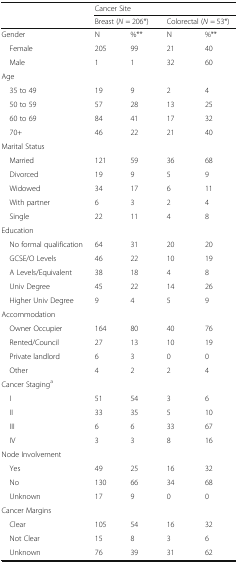
<table><thead><tr><td></td><td colspan="4"><b>Cancer Site</b></td></tr><tr><td></td><td colspan="2"><b>Breast (<i>N</i> = 206*)</b></td><td colspan="2"><b>Colorectal (<i>N</i> = 53*)</b></td></tr></thead><tbody><tr><td>Gender</td><td>N</td><td>%**</td><td>N</td><td>%**</td></tr><tr><td> Female</td><td>205</td><td>99</td><td>21</td><td>40</td></tr><tr><td> Male</td><td>1</td><td>1</td><td>32</td><td>60</td></tr><tr><td colspan="5">Age</td></tr><tr><td> 35 to 49</td><td>19</td><td>9</td><td>2</td><td>4</td></tr><tr><td> 50 to 59</td><td>57</td><td>28</td><td>13</td><td>25</td></tr><tr><td> 60 to 69</td><td>84</td><td>41</td><td>17</td><td>32</td></tr><tr><td> 70+</td><td>46</td><td>22</td><td>21</td><td>40</td></tr><tr><td colspan="5">Marital Status</td></tr><tr><td> Married</td><td>121</td><td>59</td><td>36</td><td>68</td></tr><tr><td> Divorced</td><td>19</td><td>9</td><td>5</td><td>9</td></tr><tr><td> Widowed</td><td>34</td><td>17</td><td>6</td><td>11</td></tr><tr><td> With partner</td><td>6</td><td>3</td><td>2</td><td>4</td></tr><tr><td> Single</td><td>22</td><td>11</td><td>4</td><td>8</td></tr><tr><td colspan="5">Education</td></tr><tr><td> No formal qualification</td><td>64</td><td>31</td><td>20</td><td>20</td></tr><tr><td> GCSE/O Levels</td><td>46</td><td>22</td><td>10</td><td>19</td></tr><tr><td> A Levels/Equivalent</td><td>38</td><td>18</td><td>4</td><td>8</td></tr><tr><td> Univ Degree</td><td>45</td><td>22</td><td>14</td><td>26</td></tr><tr><td> Higher Univ Degree</td><td>9</td><td>4</td><td>5</td><td>9</td></tr><tr><td colspan="5">Accommodation</td></tr><tr><td> Owner Occupier</td><td>164</td><td>80</td><td>40</td><td>76</td></tr><tr><td> Rented/Council</td><td>27</td><td>13</td><td>10</td><td>19</td></tr><tr><td> Private landlord</td><td>6</td><td>3</td><td>0</td><td>0</td></tr><tr><td> Other</td><td>4</td><td>2</td><td>2</td><td>4</td></tr><tr><td colspan="5">Cancer Staging<sup>a</sup></td></tr><tr><td> I</td><td>51</td><td>54</td><td>3</td><td>6</td></tr><tr><td> II</td><td>33</td><td>35</td><td>5</td><td>10</td></tr><tr><td> III</td><td>6</td><td>6</td><td>33</td><td>67</td></tr><tr><td> IV</td><td>3</td><td>3</td><td>8</td><td>16</td></tr><tr><td colspan="5">Node Involvement</td></tr><tr><td> Yes</td><td>49</td><td>25</td><td>16</td><td>32</td></tr><tr><td> No</td><td>130</td><td>66</td><td>34</td><td>68</td></tr><tr><td> Unknown</td><td>17</td><td>9</td><td>0</td><td>0</td></tr><tr><td>Cancer Margins</td><td></td><td></td><td></td><td></td></tr><tr><td> Clear</td><td>105</td><td>54</td><td>16</td><td>32</td></tr><tr><td> Not Clear</td><td>15</td><td>8</td><td>3</td><td>6</td></tr><tr><td> Unknown</td><td>76</td><td>39</td><td>31</td><td>62</td></tr></tbody></table>